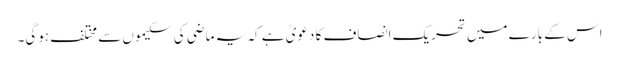
اس کے بارے میں تحریک انصاف کا دعویٰ ہے کہ یہ ماضی کی سکیموں سے مختلف ہوگی۔